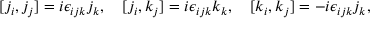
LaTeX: [ j _ { i } , j _ { j } ] = i \epsilon _ { i j k } j _ { k } , \quad [ j _ { i } , k _ { j } ] = i \epsilon _ { i j k } k _ { k } , \quad [ k _ { i } , k _ { j } ] = - i \epsilon _ { i j k } j _ { k } ,